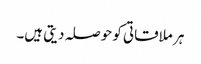
ہر ملاقاتی کو حوصلہ دیتی ہیں۔